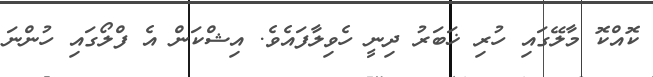
ކޮއްކޮ މާލޭގައި ހުރި ޚަބަރު ދިނީ ހެވިލާފައެވެ. އިޝްކަން އެ ފްލޯގައި ހުންނަ